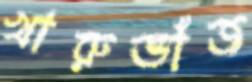
খারুভাঁজ